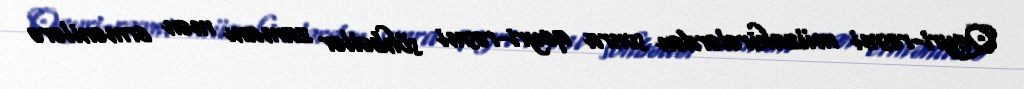
Qeyri-rəsmi müzakirələrdən sonra qeyri-rəsmi söhbətlər zamanı mən ermənilərə